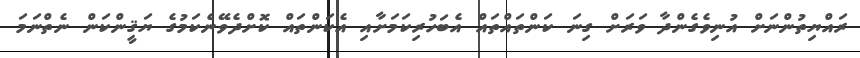
ރައްޔިތުންނަށް އުނިވެގެންދާ ވަރަށް ގިނަ ކަންތައްތައް އެބަހުރިކަމަށާއި އެކަންތައް ކޮށްދެވޭނެކަމުގެ ޔަޤީންކަން ނެތްނަމަ